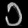
Digit: ၁